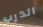
الدرب